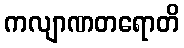
ကလျာဏတရောတိ